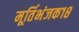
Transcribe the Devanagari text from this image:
मूर्तिभंजक१८